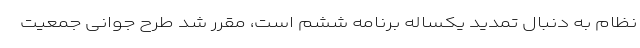
نظام به دنبال تمدید یکساله برنامه ششم است، مقرر شد طرح جوانی جمعیت